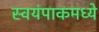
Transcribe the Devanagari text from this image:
स्वयंपाकमध्ये